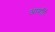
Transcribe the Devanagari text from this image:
आवर्ति